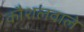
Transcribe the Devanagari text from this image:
कौशलवाले